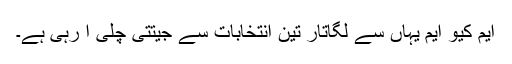
ایم کیو ایم یہاں سے لگاتار تین انتخابات سے جیتتی چلی آ رہی ہے۔